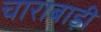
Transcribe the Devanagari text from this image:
चाराबाड़ी